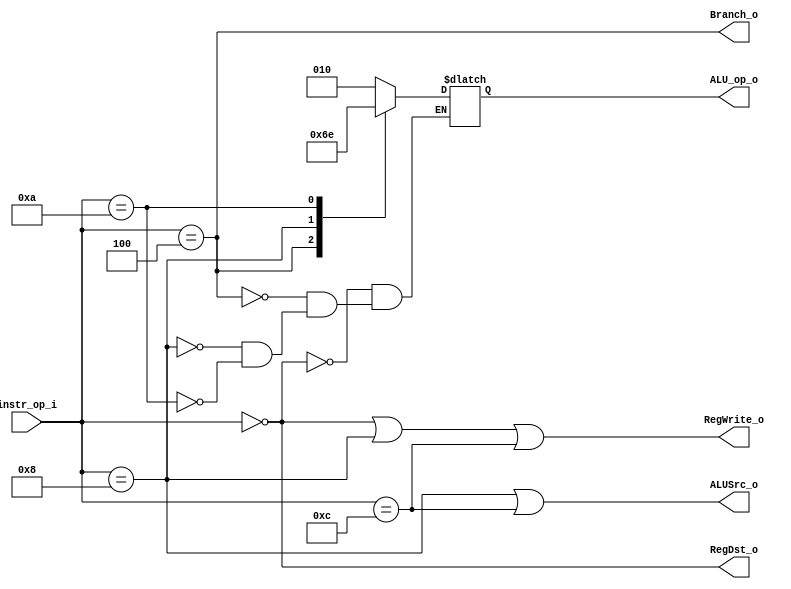
//Subject:     CO project 2 - Decoder
//--------------------------------------------------------------------------------
//Version:     1
//--------------------------------------------------------------------------------
//Writer:      Luke
//----------------------------------------------
//Date:        
//----------------------------------------------
//Description: 
//--------------------------------------------------------------------------------
`timescale 1ns/1ps
module Decoder(
    instr_op_i,
	RegWrite_o,
	ALU_op_o,
	ALUSrc_o,
	RegDst_o,
	Branch_o
	);
     
//I/O ports
input  [6-1:0] instr_op_i;

output         RegWrite_o;
output [3-1:0] ALU_op_o;
output         ALUSrc_o;
output         RegDst_o;
output         Branch_o;
 
//Internal Signals
reg    [3-1:0] ALU_op_o;

wire           ALUSrc_o;
wire           RegWrite_o;
wire           RegDst_o;
wire           Branch_o;

wire rtype, beq, addi, slti;
//Parameter

//Main function
always@(instr_op_i)begin
    case(instr_op_i[5:0])
        0: ALU_op_o   <= 3'b010; //R-type
        4: ALU_op_o   <= 3'b001; //beq
        8: ALU_op_o   <= 3'b101; //addi
        10: ALU_op_o   <= 3'b110; //slti
    endcase
end


assign rtype = (instr_op_i == 0);
assign beq = (instr_op_i == 4);
assign addi = (instr_op_i == 8);
assign slti = (instr_op_i == 12);

assign ALUSrc_o = (addi | slti);
assign RegWrite_o = (rtype | addi | slti);
assign RegDst_o = rtype;
assign Branch_o = beq;

//assign ALU_op_o[1] = rtype;
//assign ALU_op_o[0] = beq;
//assign ALU_op_o[2] = addi;
//assign ALU_op_o[3] = slti;

endmodule